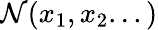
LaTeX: \mathcal{N}(x_{1},x_{2}...)